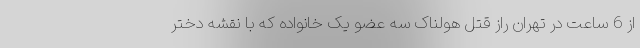
از 6 ساعت در تهران راز قتل هولناک سه عضو یک خانواده که با نقشه دختر